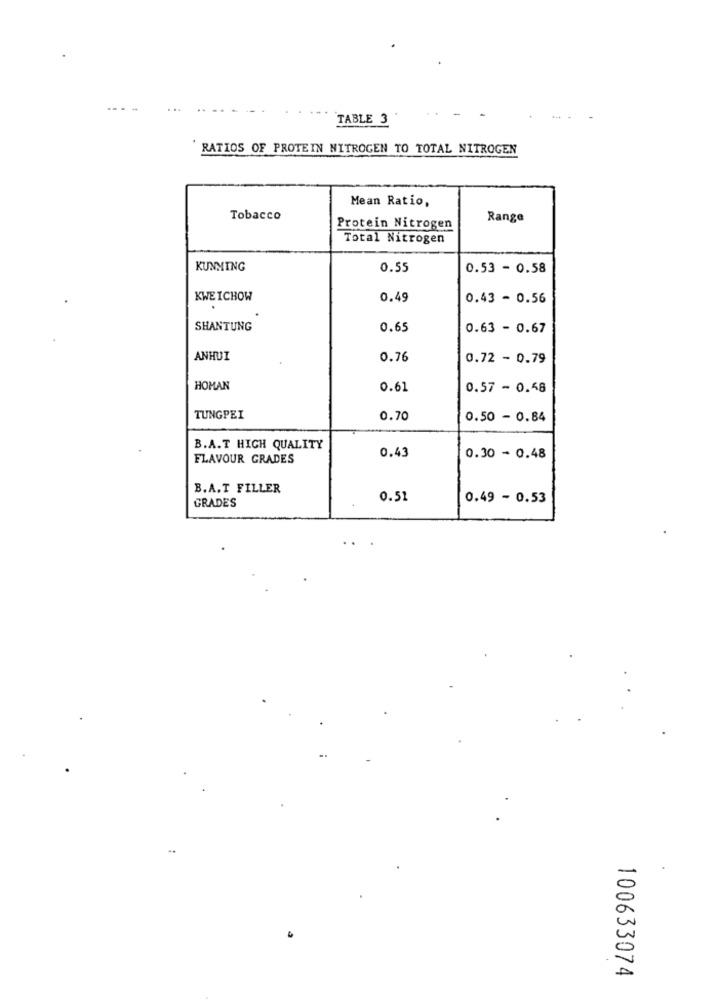
TABLE 3
RATIOS OF PROTEIN NITROGEN TO TOTAL NITROGEN
Mean Ratio,
Tobacco
Range
Protein Nitrogen
Total Nitrogen
KUNMING
0.55
0.53 - 0.58
KWEICHOW
0.49
0.43 - 0.56
SHANTUNG
0.65
0.63 - 0.67
ANHUI
0.76
0.72 - 0.79
HOMAN
0.61
0.57 - 0.48
TUNGPEI
0.70
0.50 - 0.84
B.A.T HIGH QUALITY
FLAVOUR GRADES
0.43
0.30 - 0.48
B.A.T FILLER
GRADES
0.52
0.49 - 0.53
..
-
0
100633074